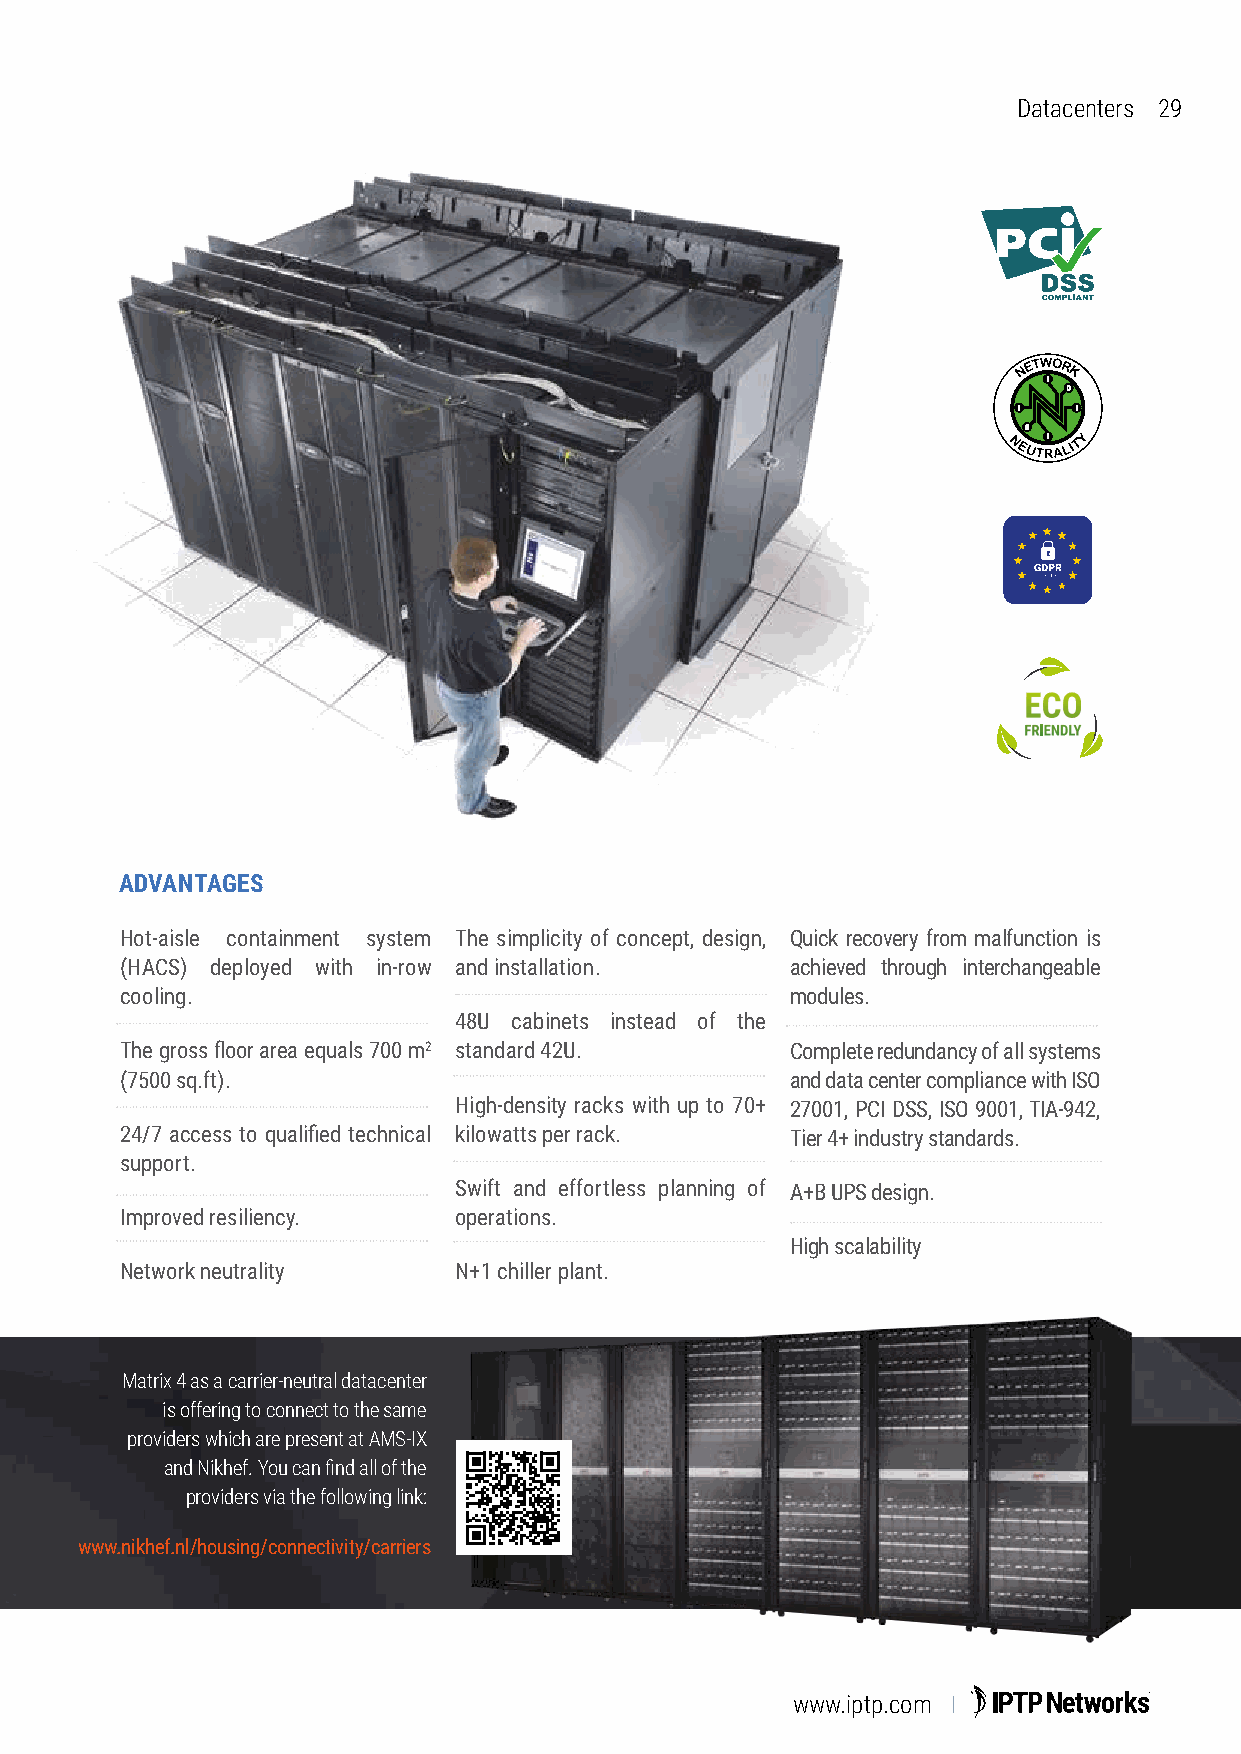
Datacenters 29
 ADVANTAGES
 Hot-aisle containment system The simplicity of concept, design, Quick recovery from malfunction is
 (HACS) deployed with in-row and installation. achieved through interchangeable
 cooling.                                    modules.
 48U cabinets instead of the
 The gross floor area equals 700 m2 standard 42U. Complete redundancy of all systems
 (7500 sq.ft).                               and data center compliance with ISO
 High-density racks with up to 70+ 27001, PCI DSS, ISO 9001, TIA-942,
 24/7 access to qualified technical kilowatts per rack. Tier 4+ industry standards.
 support.
 Swift and effortless planning of A+B UPS design.
 Improved resiliency.  operations.
 High scalability
 Network neutrality    N+1 chiller plant.
 Matrix 4 as a carrier-neutral datacenter
 is offering to connect to the same
 providers which are present at AMS-IX
 and Nikhef. You can find all of the
 providers via the following link:
 www.nikhef.nl/housing/connectivity/carriers
 www.iptp.com